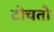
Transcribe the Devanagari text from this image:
टोचतो